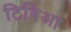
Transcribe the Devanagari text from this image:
टिबिआ